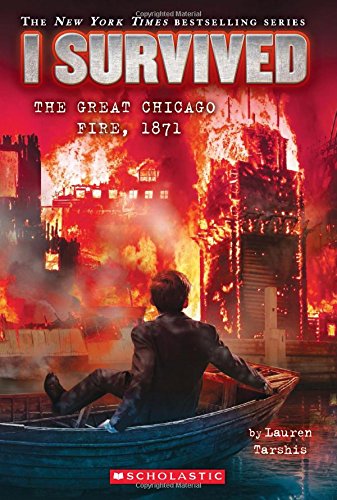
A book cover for I Survived #11: I Survived the Great Chicago Fire, 1871; Lauren Tarshis; Children's Books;